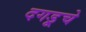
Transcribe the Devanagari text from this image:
दगडूचे